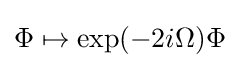
\Phi \mapsto \exp(-2i\Omega )\Phi